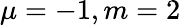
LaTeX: \mu=-1,m=2